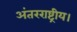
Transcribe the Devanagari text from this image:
अंतरराष्ट्रीय।